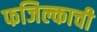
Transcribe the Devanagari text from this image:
फजिल्काची